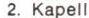
2. Kapell